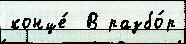
конце́  В разбо́р